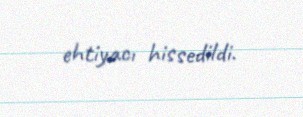
ehtiyacı hissedildi.